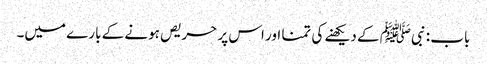
باب : نبیﷺ کے دیکھنے کی تمنا اور اس پر حریص ہونے کے بارے میں۔